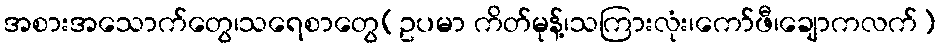
အစားအသောက်တွေ၊သရေစာတွေ(ဥပမာ ကိတ်မုန့်၊သကြားလုံး၊ကော်ဖီ၊ချောကလက်)